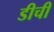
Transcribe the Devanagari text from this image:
डीची